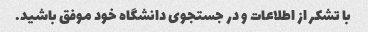
با تشکر از اطلاعات و در جستجوی دانشگاه خود موفق باشید.